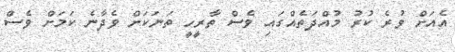
އެއަށް ވުރެ ކުރު މުއްދަތެއްގައި ވެސް ތާރީހީ ތަނަކަށް ވެދާނެ ކަމަށް ވެސް